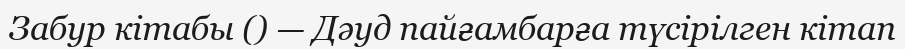
Забур кітабы () — Дәуд пайғамбарға түсірілген кітап